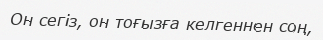
Он сегіз, он тоғызға келгеннен соң,